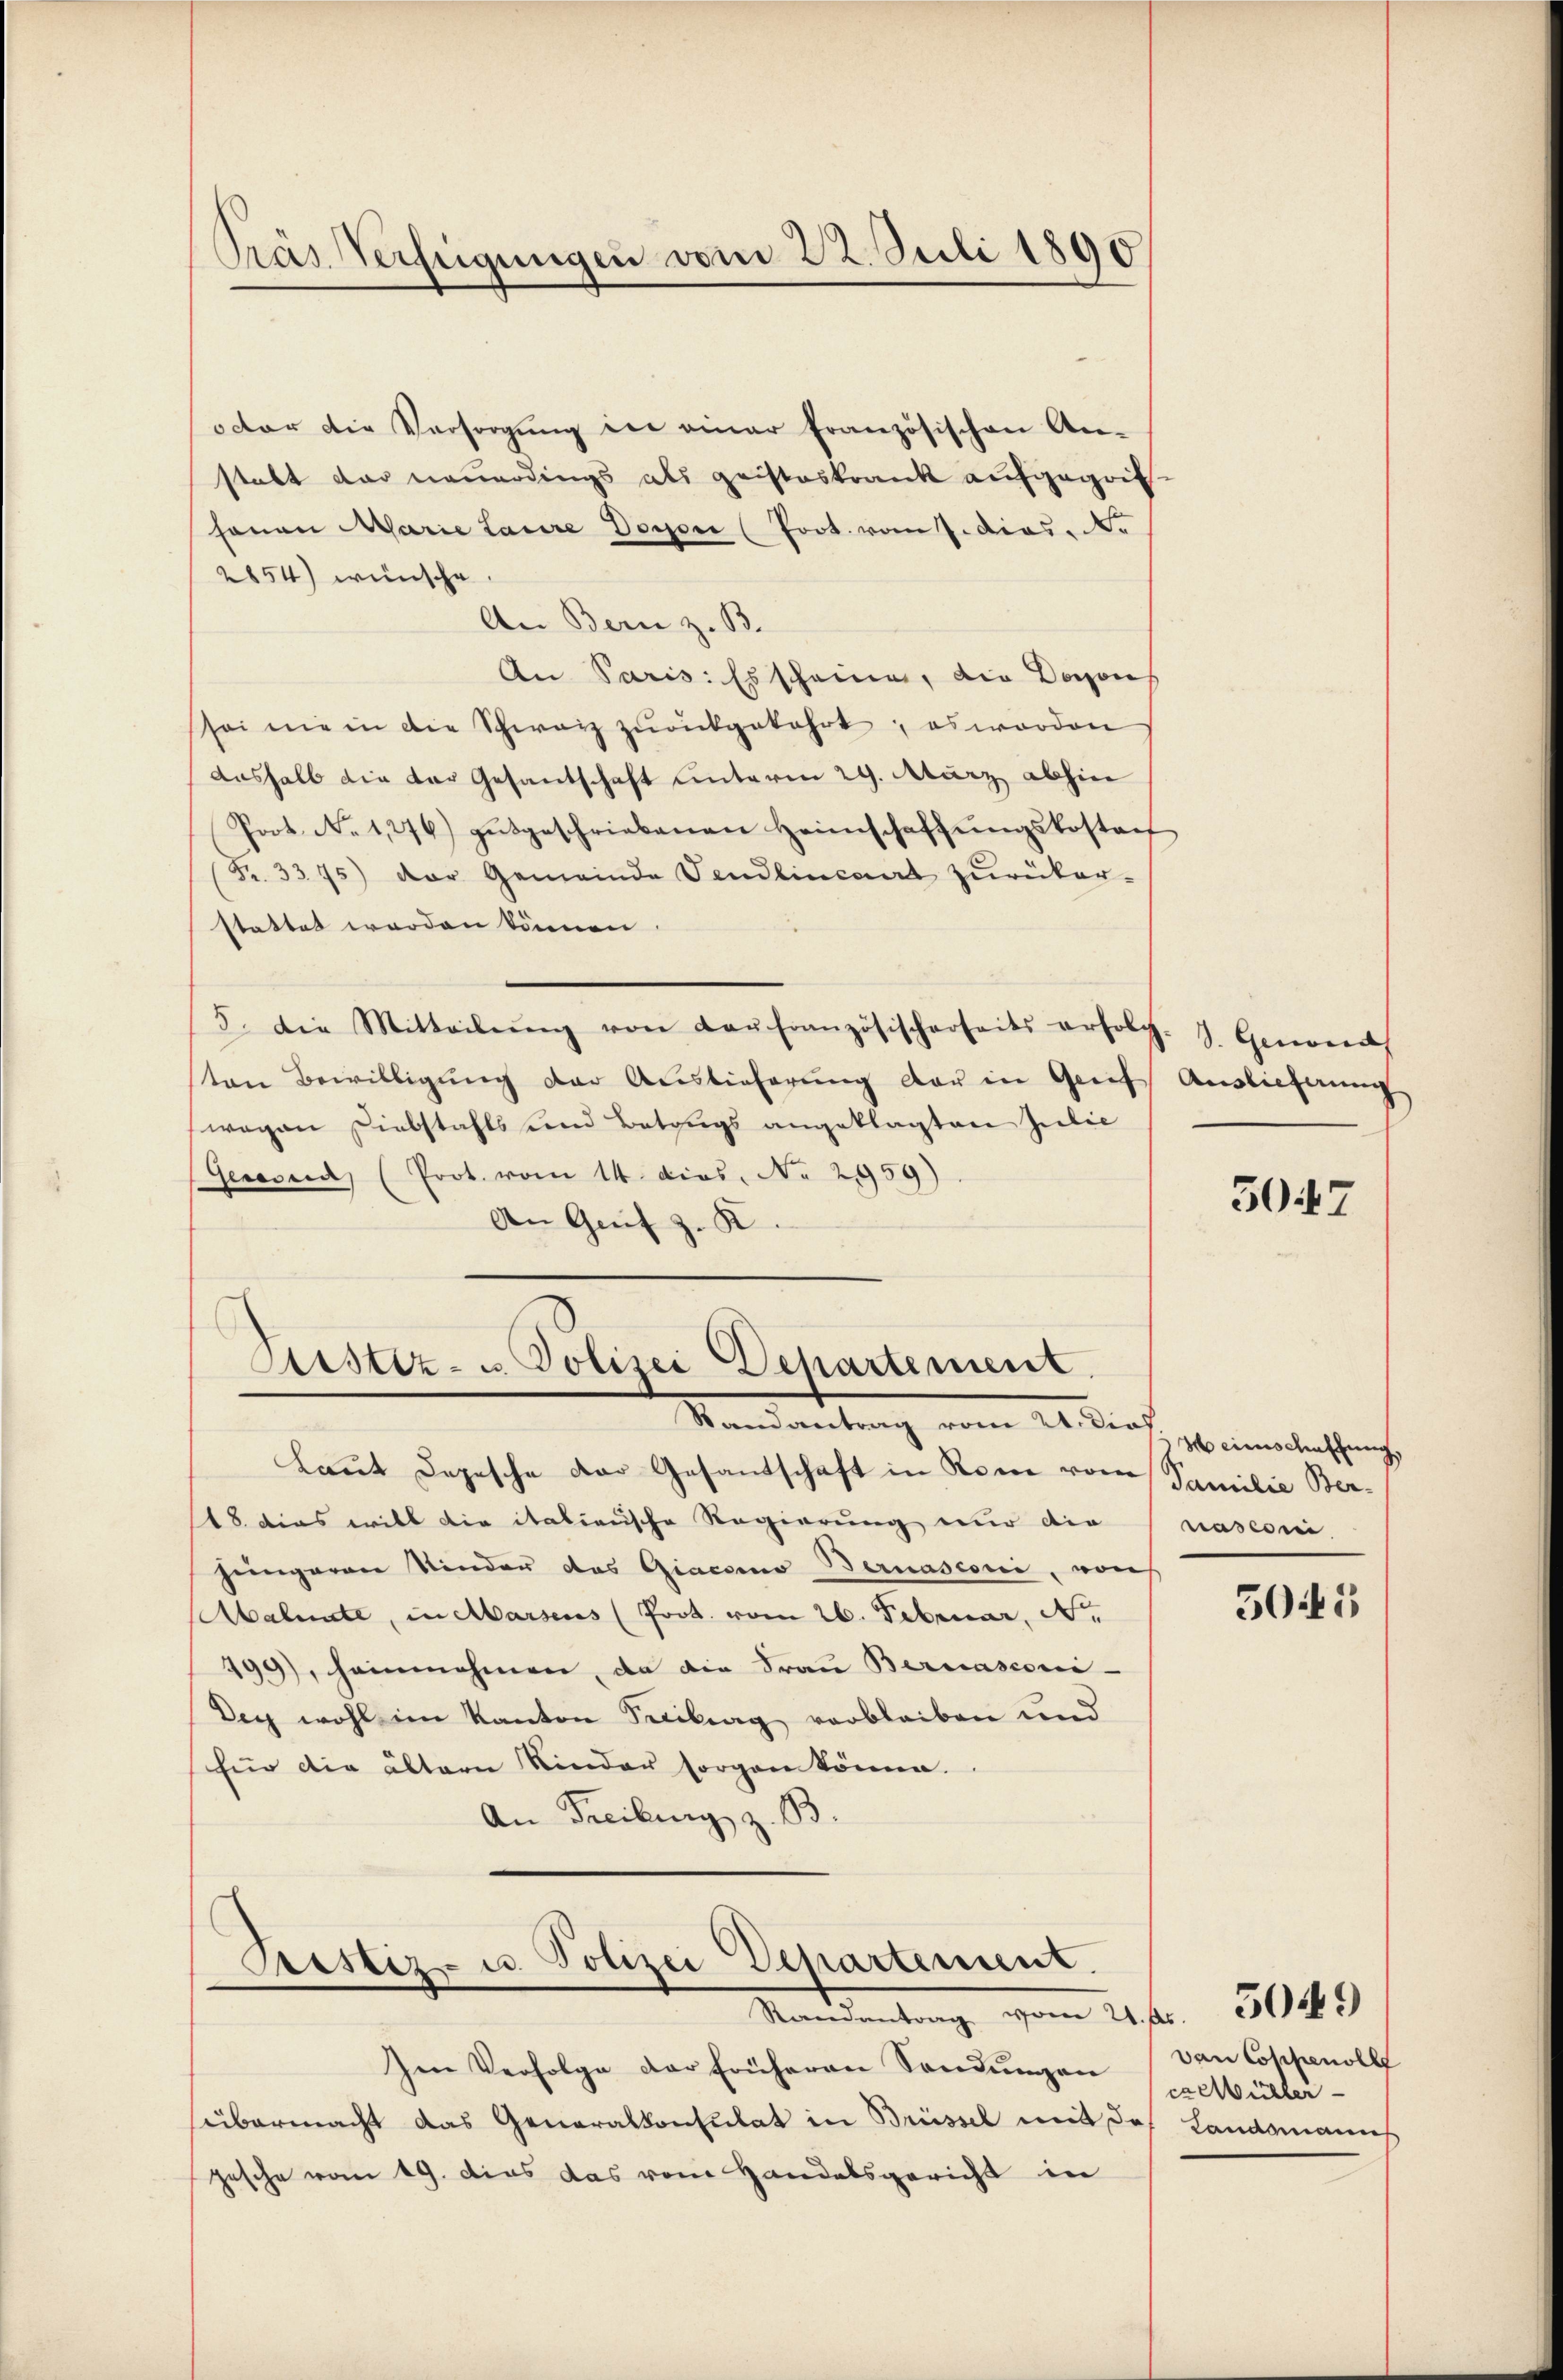
Pras Verfügungen vom 22. Juli 1890

octor die Versorgung in einer französischen An-
stalt das neuerdings als geisteskrank aufgegrifsonen Marie Laure Dogon (Poot. vom 7. dies. No
2854) wünsche
An Bern z. B.
An Paris. Es scheinen, die Daraus
sei nie in die Schwarz zurükgekehrt, es worden
aushalb die der Gesandschaft unterm 29. März abhin
Poot. No 1276) aŭsgeschriebenen Heimschaffŭngskostaf
(Fr. 3375) der Gemeinde Vendlincant zŭrüker-
stattet werden können
5. Die Mitteilŭng von der französischerseits erfolg. J. Genos
sten Bewilligŭng der Auslieferŭng der in Greif Auslieferung
wegen Diebstahls und Betrugs angeklagten Julie
Gewond (Prot. vom 14. dies. No. 2959)
An Grif z. K

Aistiz- u. Polizei Departement.
Mandantrag vom 21. Dief, so munterschrift

Laut Depesche der Gesantschaft in Rom vom Familie Ber-
18 dies will die italienische Regierung nur die
heingeren Kinder das Giacomo Bernasconi, von
Malnate, in Marsens (Prot. vom 26. Februar, N.
499), heimnehmen, da die Frau Bernasconi-
Dey wohl im Kanton Secitrag verbleiben und
für die ältern Kinder sorgen könne.
An Freibung z. B.

Cristiz- u. Polizei Departement.
Randantrag vom 21. Fs. 349

Im Verfolge der früheren Sendungen
sübermacht das Generalkonsulat in Brüssel mit des Landsmanns
gesche vom 19. dies das vom Handelsgericht in

5047

nasconi

505

van Coppenoll
cx Müller